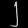
Digit: ၂